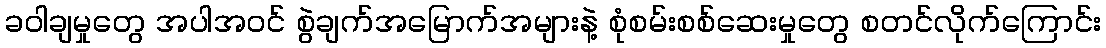
ခဝါချမှုတွေ အပါအဝင် စွဲချက်အမြောက်အများနဲ့ စုံစမ်းစစ်ဆေးမှုတွေ စတင်လိုက်ကြောင်း